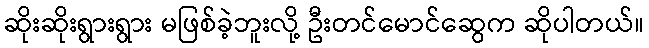
ဆိုးဆိုးရွားရွား မဖြစ်ခဲ့ဘူးလို့ ဦးတင်မောင်ဆွေက ဆိုပါတယ်။